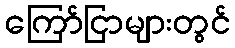
ကြော်ငြာများတွင်